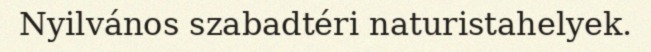
Nyilvános szabadtéri naturistahelyek.